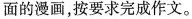
面的漫画，按要求完成作文。